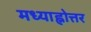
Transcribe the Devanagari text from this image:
मध्याह्नोत्तर